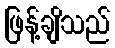
ဖြန့်ချိသည်